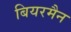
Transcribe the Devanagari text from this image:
बियरमैन